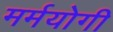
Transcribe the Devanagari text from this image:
मर्मयोगी